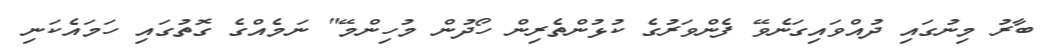
ބާރު މިނުގައި ދުއްވައިގަނެވޭ ފެންވަރުގެ ކުޅުންތެރިން ހޯދުން މުހިންމޭ" ނަމެއްގެ ގޮތުގައި ހަމައެކަނި